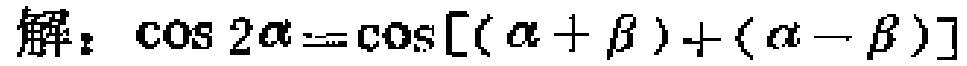
解：\(\cos 2\alpha=\cos[(\alpha + \beta)+(\alpha - \beta)]\)